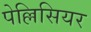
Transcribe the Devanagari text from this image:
पेल्लिसियर